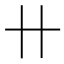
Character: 卄